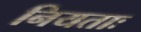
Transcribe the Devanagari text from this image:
नियताः